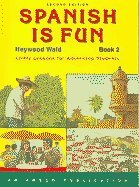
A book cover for Spanish Is Fun: Book 2 (Spanish Edition); Haywood Wald; Teen & Young Adult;